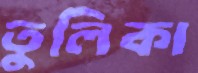
তুলিকা